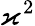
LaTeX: \varkappa^{2}